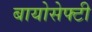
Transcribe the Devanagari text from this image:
बायोसेफ्टी